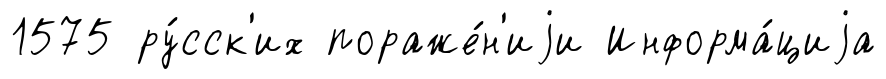
1575 ру́сск'их пораже́н'иjи Информа́циjа